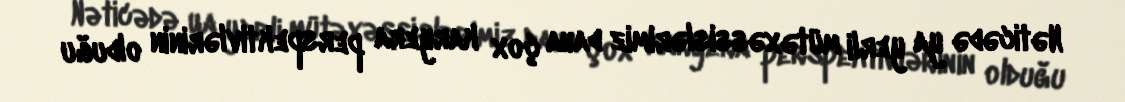
Nəticədə ya yerli mütəxəssislərimiz daha çox karyera perspektivlərinin olduğu